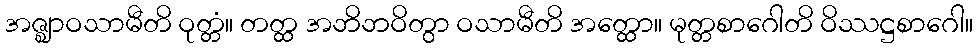
အဇ္ဈာဝသာမီတိ ဝုတ္တံ။ တတ္ထ အဘိဘဝိတွာ ဝသာမီတိ အတ္ထော။ မုတ္တစာဂေါတိ ဝိဿဋ္ဌစာဂေါ။